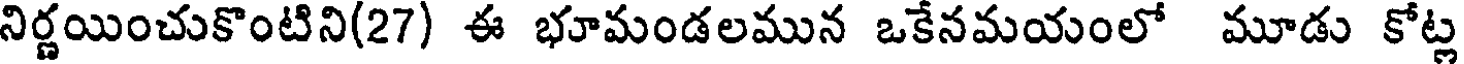
నిర్ణయించుకొంటిని(27) ఈ భూమండలమున ఒకేనమయంలో మూడు కోట్ల